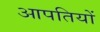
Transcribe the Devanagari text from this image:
आपतियों